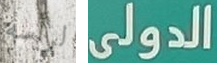
لرأسه الدولى